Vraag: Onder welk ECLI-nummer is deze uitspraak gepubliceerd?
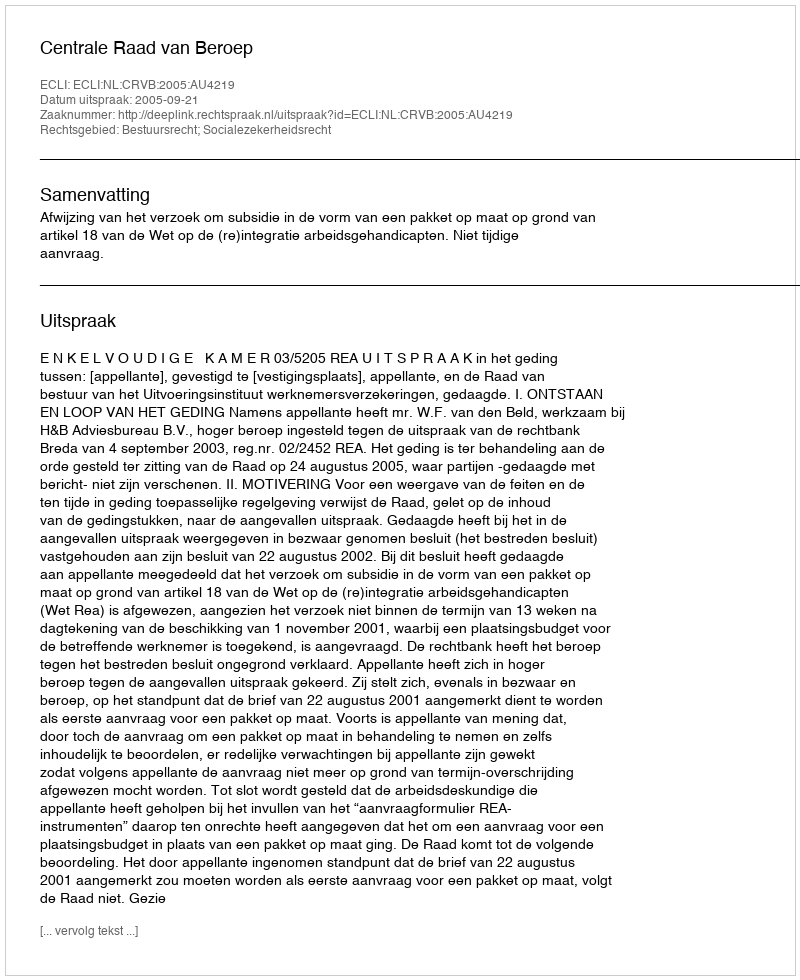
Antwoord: ECLI:NL:CRVB:2005:AU4219